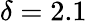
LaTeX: \delta=2.1